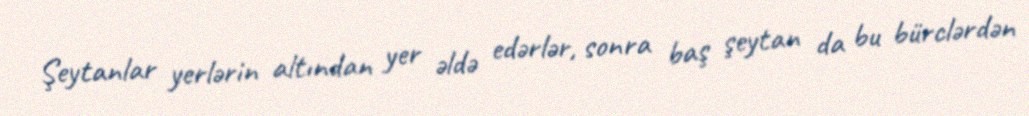
Şeytanlar yerlərin altından yer əldə edərlər, sonra baş şeytan da bu bürclərdən